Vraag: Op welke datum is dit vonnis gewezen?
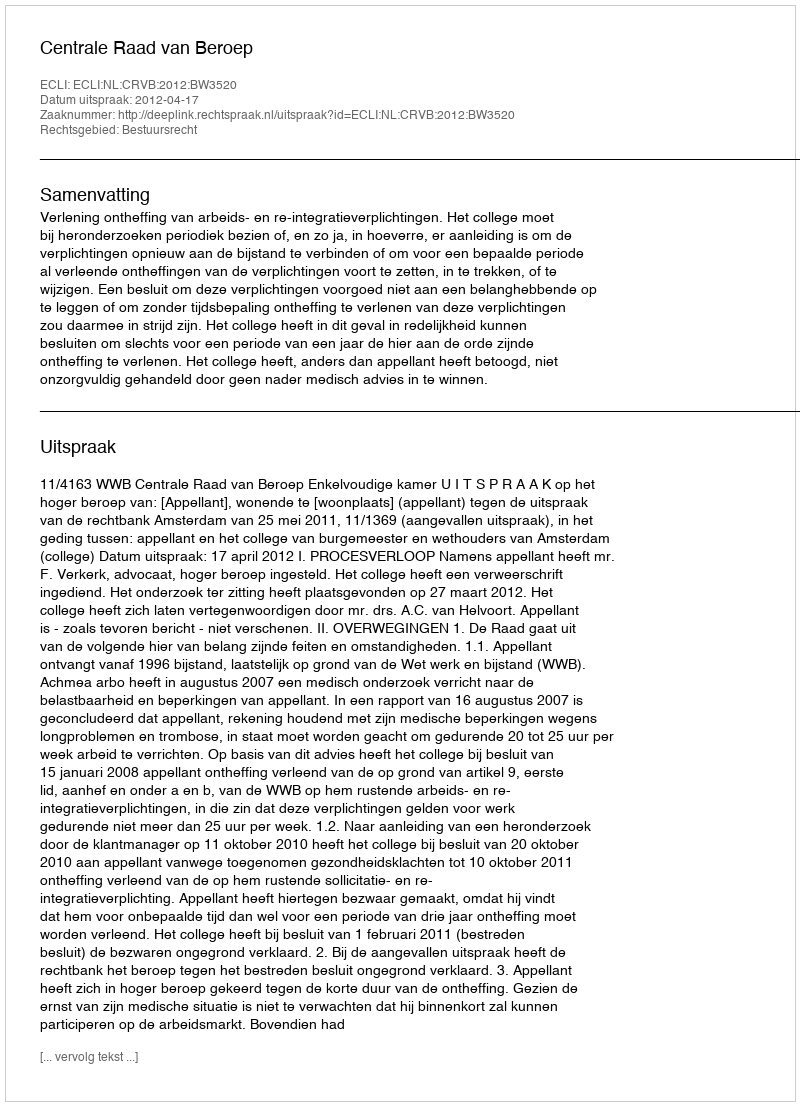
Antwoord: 2012-04-17